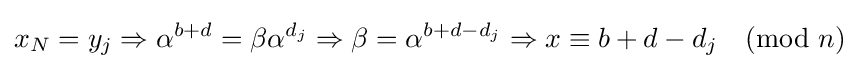
x_{N}=y_{j}\Rightarrow \alpha ^{b+d}=\beta \alpha ^{d_{j}}\Rightarrow \beta =\alpha ^{b+d-d_{j}}\Rightarrow x\equiv b+d-d_{j}{\pmod {n}}